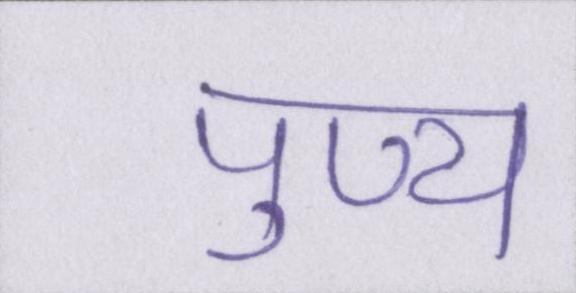
पुण्य